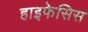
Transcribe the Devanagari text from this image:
हाइफेसिस